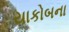
યાકોબના